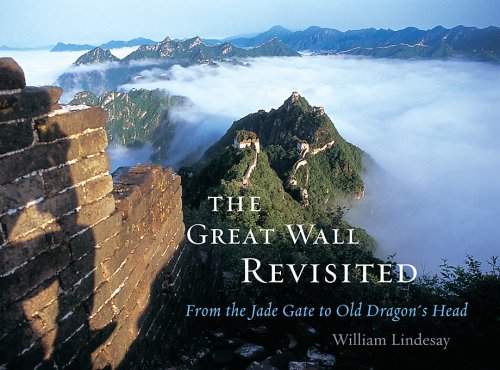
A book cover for The Great Wall Revisited: From the Jade Gate to Old Dragon's Head; William Lindesay; Travel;